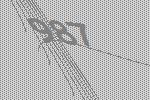
987